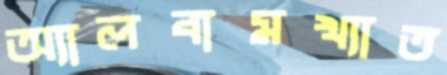
অ্যালবামখ্যাত